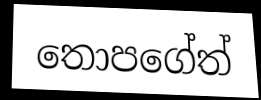
තොපගේත්